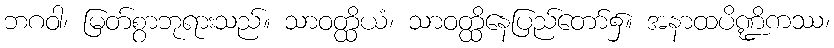
ဘဂဝါ၊ မြတ်စွာဘုရားသည်။ သာဝတ္ထိယံ၊ သာဝတ္ထိနေပြည်တော်၌။ အနာထပိဏ္ဍိကဿ၊